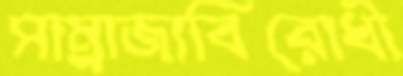
সাম্রাজ্যবিরোধী